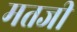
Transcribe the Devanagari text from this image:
मतजी